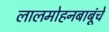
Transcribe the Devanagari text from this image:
लालमोहनबाबूंचे